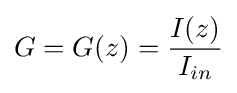
G=G(z)={I(z) \over I_{in}}